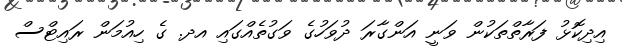
އިދިކޮޅު ފަރާތްތަކުން ވަނީ އަންގާރަ ދުވަހުގެ ވަގުތެއްގައި އދ. ގެ ހިއުމަން ރައިޓްސް